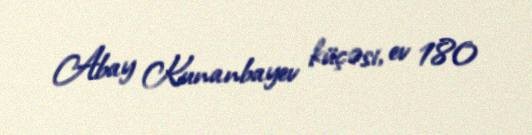
Abay Kunanbayev küçəsi, ev 180